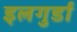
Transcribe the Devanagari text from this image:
इलगुर्डा